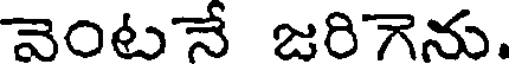
వెంటనే జరిగెను.